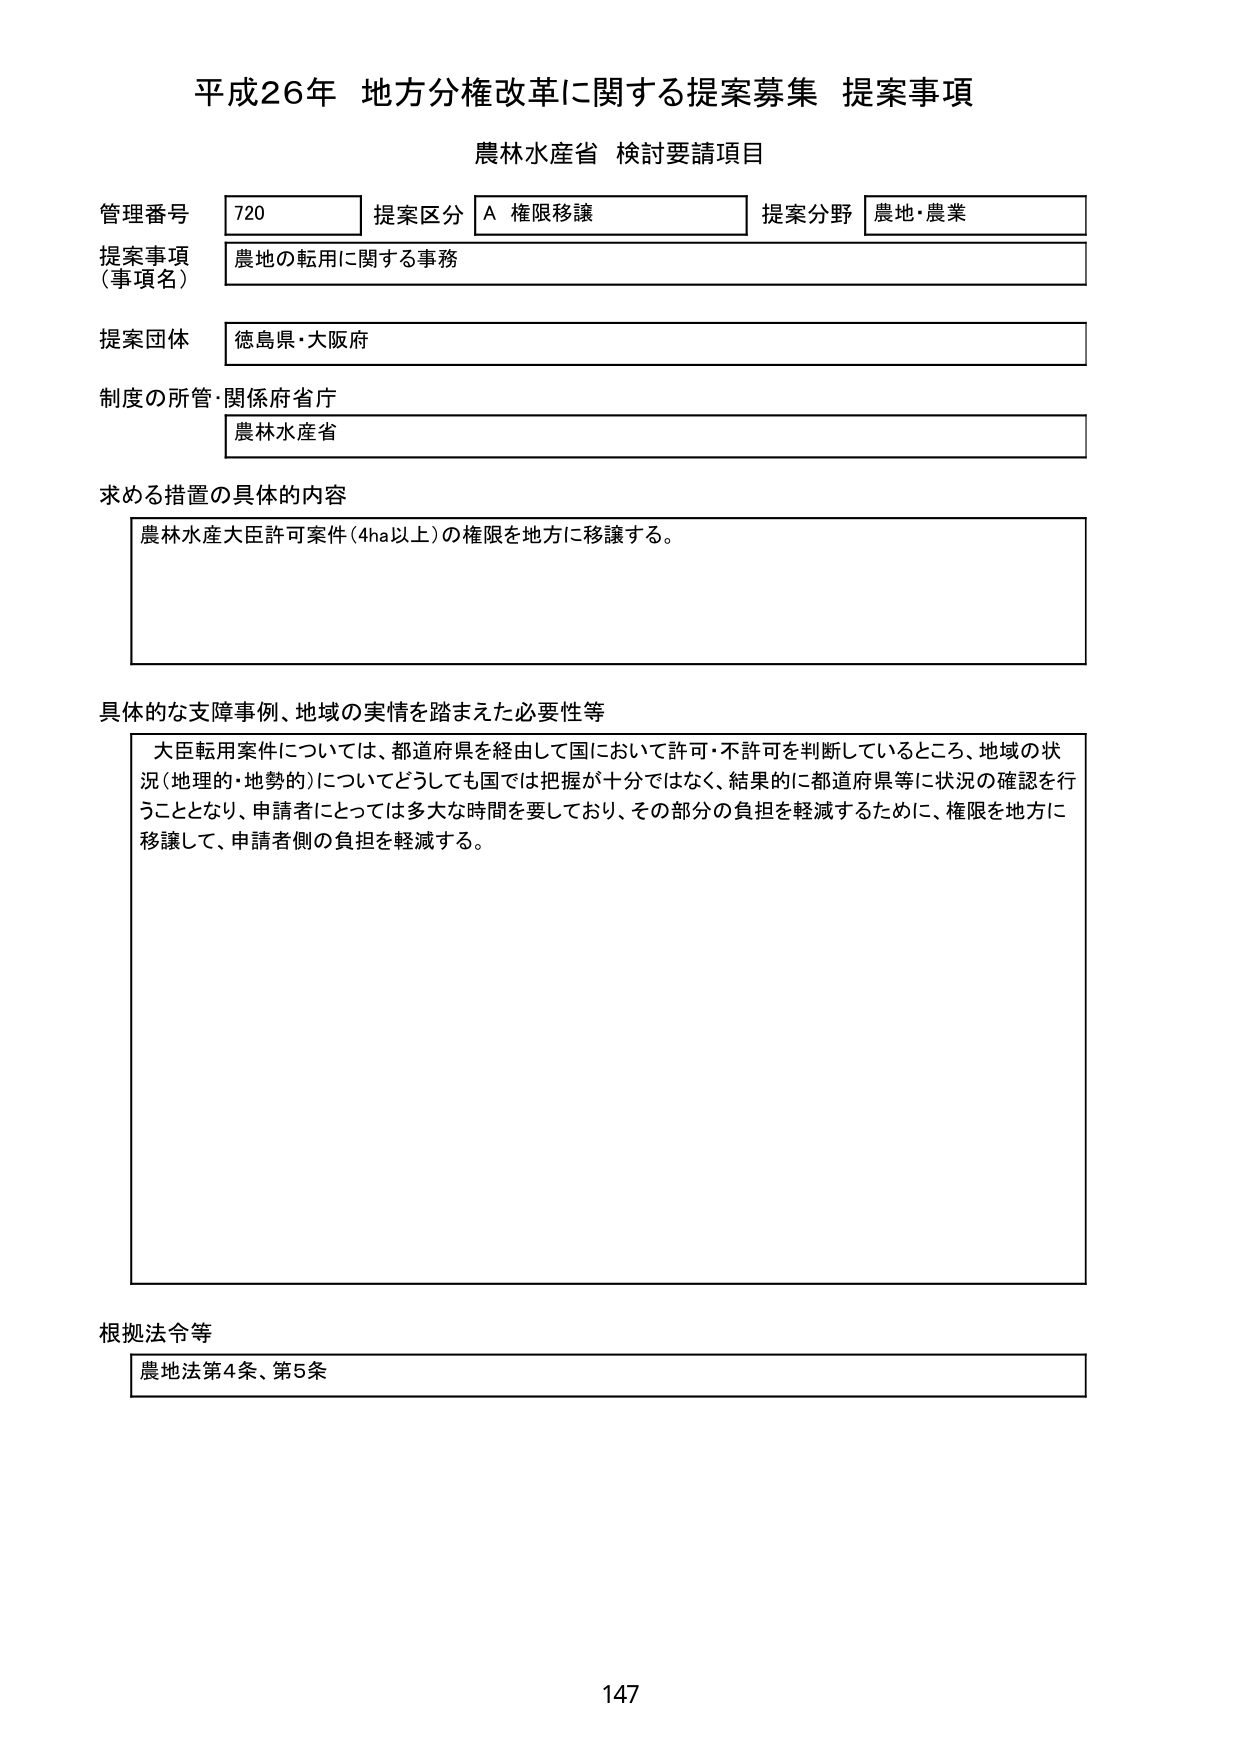
平成26年 地方分権改革に関する提案募集 提案事項
農林水産省 検討要請項目

管理番号 720 提案区分 A 権限移譲 提案分野 農地・農業
提案事項（事項名） 農地の転用に関する事務
提案団体 徳島県・大阪府
制度の所管・関係府省庁 農林水産省

求める措置の具体的な内容
農林水産大臣許可案件（4ha以上）の権限を地方に移譲する。

具体的な支障事例、地域の実情を踏まえた必要性等
大臣転用案件については、都道府県を経由して国において許可・不許可を判断しているところ、地域の状況（地理的・地勢的）についてどうしても国では把握が十分ではなく、結果的に都道府県等に状況の確認を行うこととなり、申請者にとっては多大な時間を要しており、その部分の負担を軽減するために、権限を地方に移譲して、申請者側の負担を軽減する。

根拠法令等
農地法第4条、第5条

147